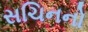
સચિનનો